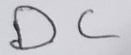
Text: DC